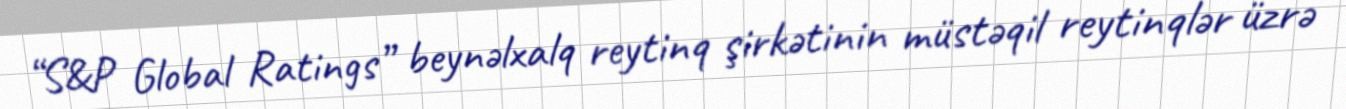
“S&P Global Ratings” beynəlxalq reytinq şirkətinin müstəqil reytinqlər üzrə